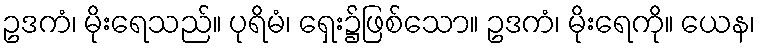
ဥဒကံ၊ မိုးရေသည်။ ပုရိမံ၊ ရှေး၌ဖြစ်သော။ ဥဒကံ၊ မိုးရေကို။ ယေန၊